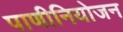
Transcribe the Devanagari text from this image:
पाणीनियोजन